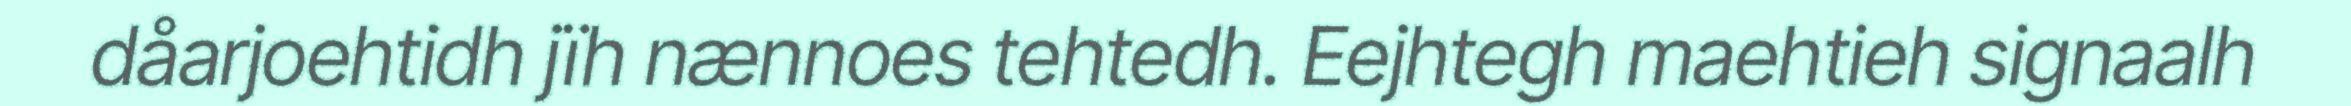
dåarjoehtidh jïh nænnoes tehtedh. Eejhtegh maehtieh signaalh